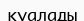
қуалады